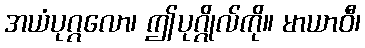
အယံပုဂ္ဂလော၊ ဤပုဂ္ဂိုလ်ကို။ မာယာဝီ၊